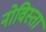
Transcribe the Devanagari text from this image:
नोविस्ता